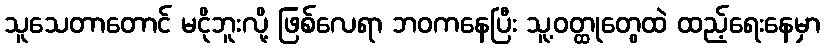
သူသေတာတောင် မငိုဘူးလို့ ဖြစ်လေရာ ဘဝကနေပြီး သူ့ဝတ္ထုတွေထဲ ထည့်ရေးနေမှာ